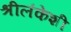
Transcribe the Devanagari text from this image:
श्रीलंकेशी